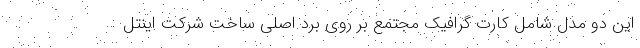
این دو مدل شامل کارت گرافیک مجتمع بر روی برد اصلی ساخت شرکت اینتل